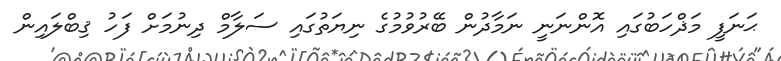
ޙަނަފީ މަޛްހަބުގައި އޮންނަނީ ނަމާދުން ބޭރުވުމުގެ ނިޔަތުގައި ސަލާމް ދިނުމަށް ފަހު ޤިބްލައިން